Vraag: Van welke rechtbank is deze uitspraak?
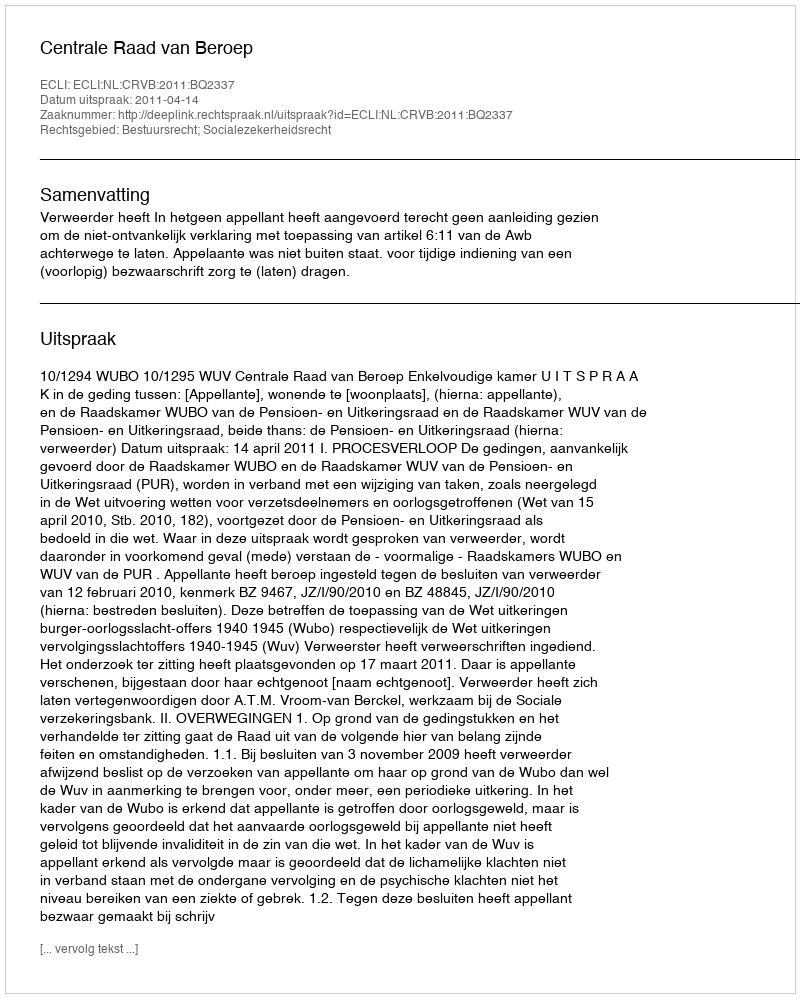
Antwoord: Centrale Raad van Beroep